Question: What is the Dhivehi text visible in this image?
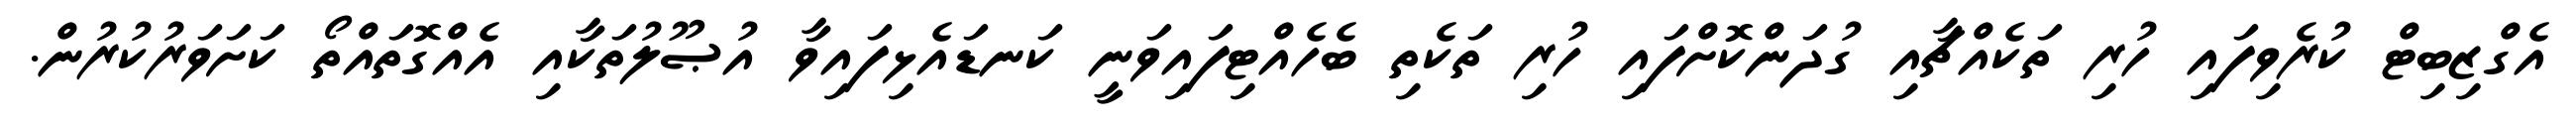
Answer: އެގްޒިބިޓް ކުރެވިފައި ހުރި ތަކެއްޗާއި ގުދަންކޮށްފައި ހުރި ތަކެތި ބެހެއްޓިފައިވަނީ ކަނޑައެޅިފައިވާ އުޞޫލުތަކާއި އެއްގޮތައްތޯ ކަށަވަރުކުރުން.